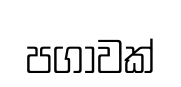
පගාවක්